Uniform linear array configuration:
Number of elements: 12
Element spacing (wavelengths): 0.5
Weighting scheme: hann
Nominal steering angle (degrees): -30
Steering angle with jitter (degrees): -29.677
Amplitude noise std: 0.05
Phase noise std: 0.05

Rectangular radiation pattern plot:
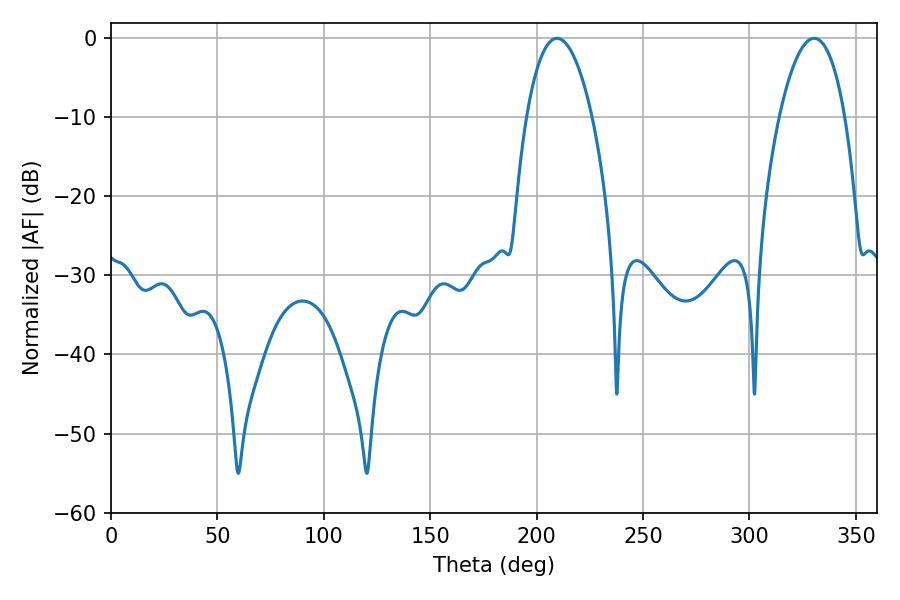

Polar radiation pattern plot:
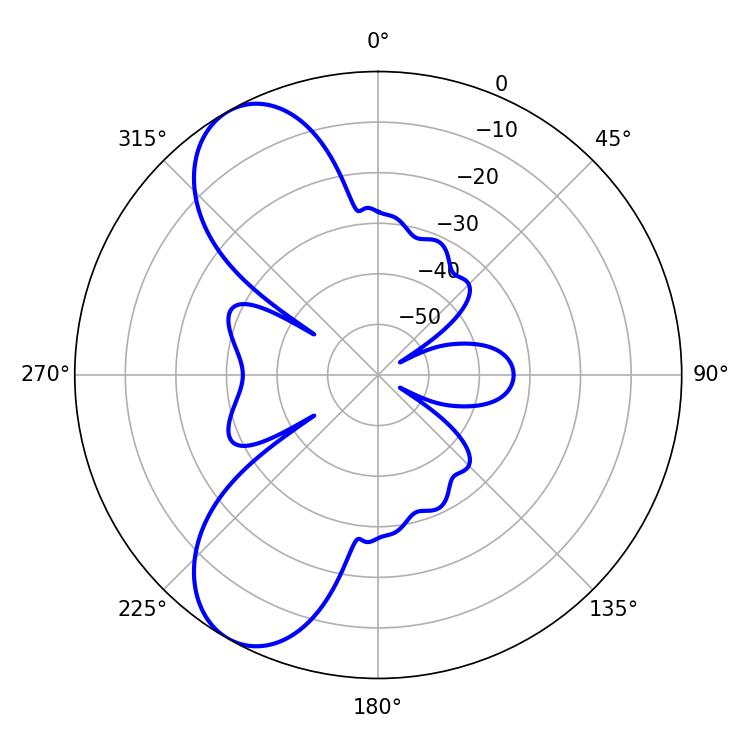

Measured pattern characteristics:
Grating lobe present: FALSE
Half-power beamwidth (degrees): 17.28
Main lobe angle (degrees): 209.52